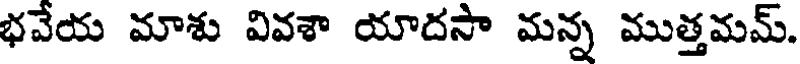
భవేయ మాశు వివశా యాదసా మన్న ముత్తమమ్.